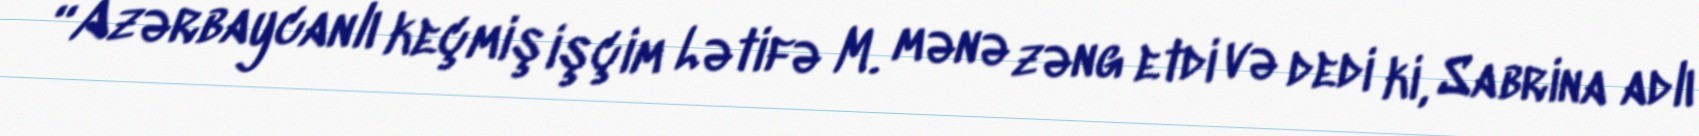
“Azərbaycanlı keçmiş işçim Lətifə M. mənə zəng etdi və dedi ki, Sabrina adlı